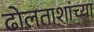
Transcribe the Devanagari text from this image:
ढोलताशांच्या